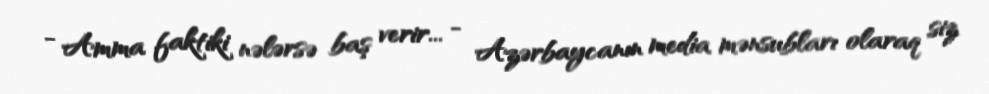
- Amma faktiki nələrsə baş verir... - Azərbaycanın media mənsubları olaraq siz